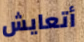
أتعايش